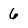
Character: 6